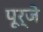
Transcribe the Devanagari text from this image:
पूर्जे